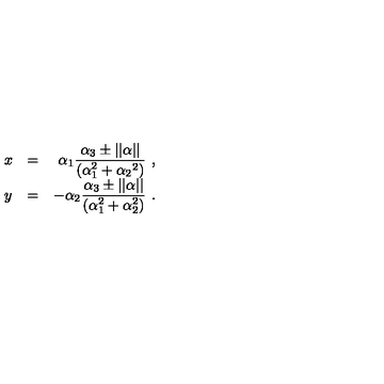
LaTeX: \begin{array} { l c r } { x } & { = } & { \alpha _ { 1 } \displaystyle \frac { \alpha _ { 3 } \pm | | \alpha | | } { ( \alpha _ { 1 } ^ { 2 } + \alpha _ { 2 } { } ^ { 2 } ) } \ , } \\ { y } & { = } & { \displaystyle - \alpha _ { 2 } \frac { \alpha _ { 3 } \pm | | \alpha | | } { ( \alpha _ { 1 } ^ { 2 } + \alpha _ { 2 } ^ { 2 } ) } \ . } \\ \end{array}